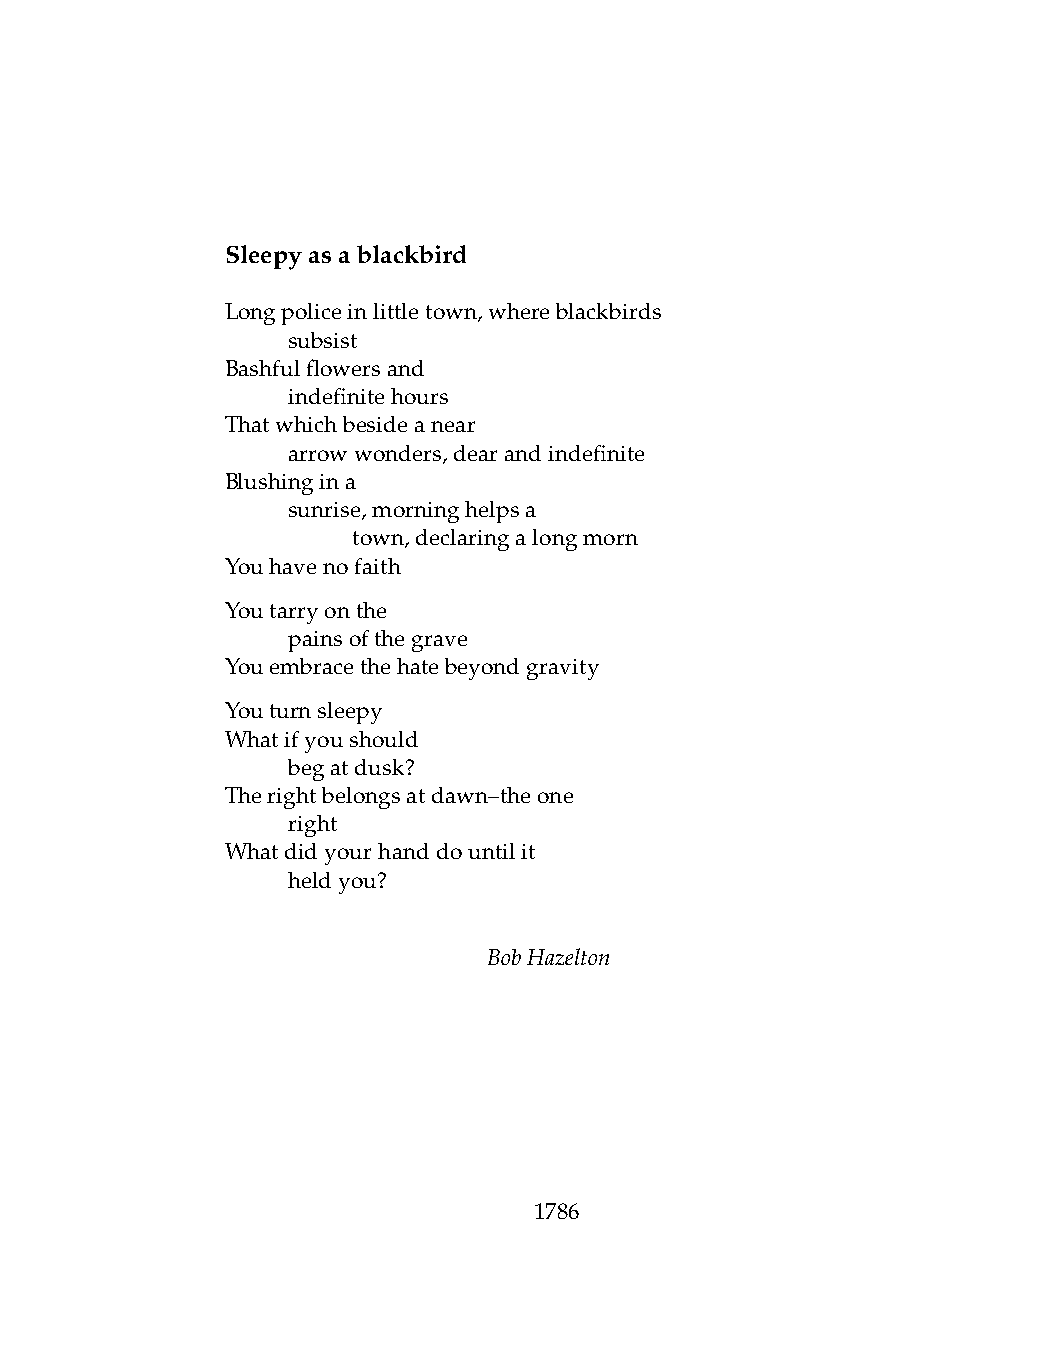
Sleepyasablackbird
 Longpoliceinlittletown,whereblackbirds
 .   subsist
 Bashfulflowersand
 .   indefinitehours
 Thatwhichbesideanear
 .   arrowwonders,dearandindefinite
 Blushingina
 .   sunrise,morninghelpsa
 .   .   town,declaringalongmorn
 Youhavenofaith
 Youtarryonthe
 .   painsofthegrave
 Youembracethehatebeyondgravity
 Youturnsleepy
 Whatifyoushould
 .   begatdusk?
 Therightbelongsatdawn–theone
 .   right
 Whatdidyourhanddountilit
 .   heldyou?
 BobHazelton
 1786